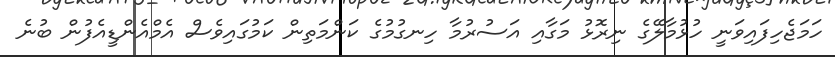
ހަމަޖެހިފައިވަނީ ހުޅުމާލޭގެ ނިރޮޅު މަގާއި އަސުރުމާ ހިނގުމުގެ ކަންމަތިން ކަމުގައިވެސް އެމްއެންޑީއެފުން ބުނެ